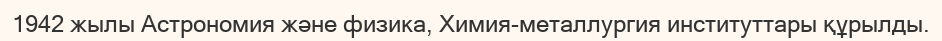
1942 жылы Астрономия және физика, Химия-металлургия институттары құрылды.